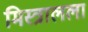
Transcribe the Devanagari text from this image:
मिस्त्रालला